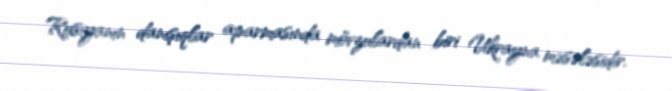
Rusiyanın danışıqlar aparmasında mövzulardan biri Ukrayna məsələsidir.